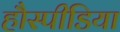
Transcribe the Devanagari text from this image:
हौस्पीडिया